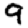
Digit: 9